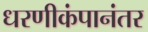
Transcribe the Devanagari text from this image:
धरणीकंपानंतर